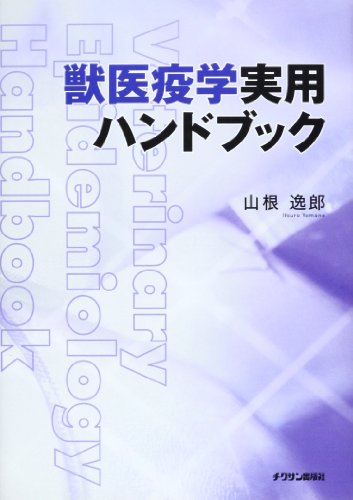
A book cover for Veterinary epidemiology practical handbook (2011) ISBN: 4885004233 [Japanese Import]; Medical Books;